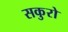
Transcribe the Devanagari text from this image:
सकुरो